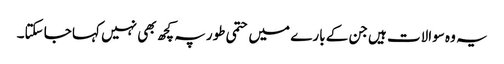
یہ وہ سوالات ہیں جن کے بارے میں حتمی طور پہ کچھ بھی نہیں کہا جا سکتا۔